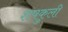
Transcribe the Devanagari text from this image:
शषकुली